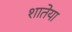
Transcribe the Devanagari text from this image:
शातेया